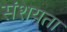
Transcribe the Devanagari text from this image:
संशयता